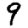
Digit: 9